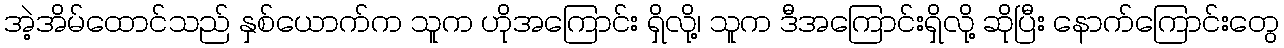
အဲ့အိမ်ထောင်သည် နှစ်ယောက်က သူက ဟိုအကြောင်း ရှိလို့၊ သူက ဒီအကြောင်းရှိလို့ ဆိုပြီး နောက်ကြောင်းတွေ